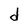
Character: d